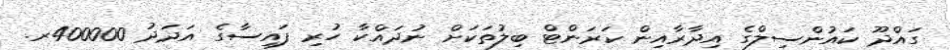
ގައްދޫ ކައުންސިލްގެ އިދާރާއިން ކަރަންޓް ބިލުތަކަށް ނުދައްކާ ހުރި ފައިސާގެ އަދަދު 400000ރ.